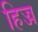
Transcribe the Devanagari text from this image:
हिज्ज